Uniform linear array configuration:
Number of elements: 32
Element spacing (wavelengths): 1
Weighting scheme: uniform
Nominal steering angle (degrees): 45
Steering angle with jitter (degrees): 45.156
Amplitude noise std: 0.05
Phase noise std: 0.05

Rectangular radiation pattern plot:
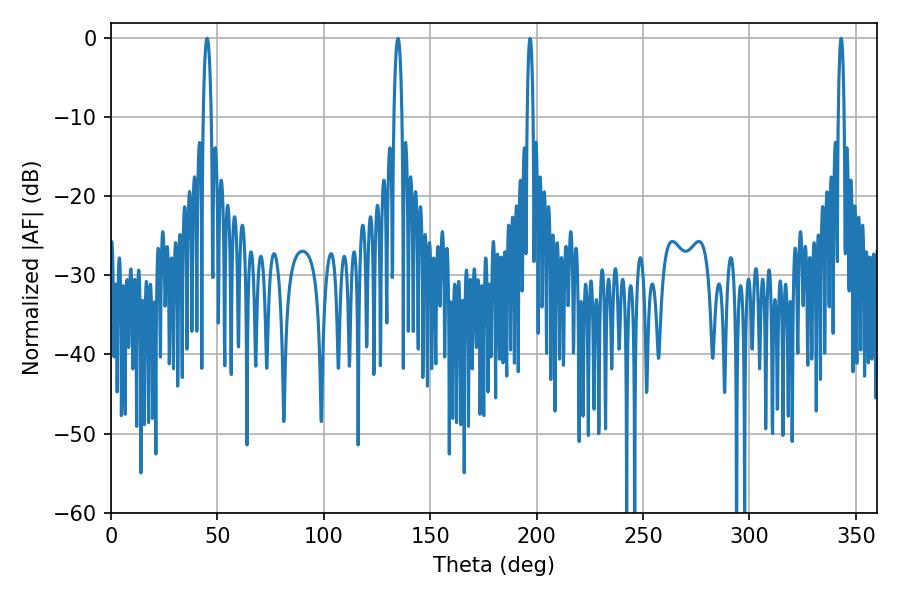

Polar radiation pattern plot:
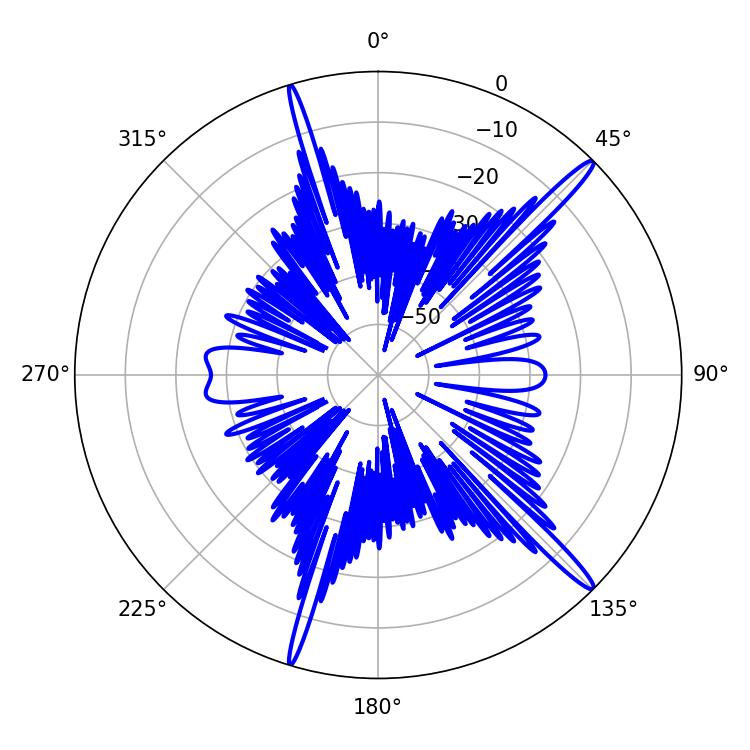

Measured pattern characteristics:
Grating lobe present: TRUE
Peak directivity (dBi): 16.685
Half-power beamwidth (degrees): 1.44
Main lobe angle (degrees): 343.08